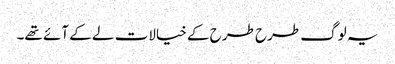
یہ لوگ طرح طرح کے خیالات لے کے آئے تھے۔